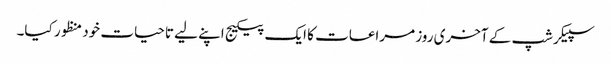
سپیکرشپ کے آخری روز مراعات کا ایک پیکیج اپنے لیے تاحیات خود منظور کیا۔